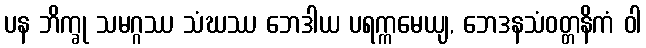
ပန ဘိက္ခု သမဂ္ဂဿ သံဃဿ ဘေဒါယ ပရက္ကမေယျ, ဘေဒနသံဝတ္တနိကံ ဝါ